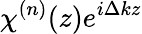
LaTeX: {{\chi}^{(n)}}(z){{e}^{i\Delta kz}}